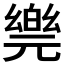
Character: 𠒴